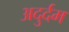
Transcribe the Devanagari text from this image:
अदुर्दम